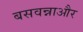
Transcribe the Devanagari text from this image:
बसवन्नाऔर